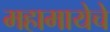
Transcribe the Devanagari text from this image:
महामायेचे